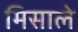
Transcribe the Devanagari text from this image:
मिसाले